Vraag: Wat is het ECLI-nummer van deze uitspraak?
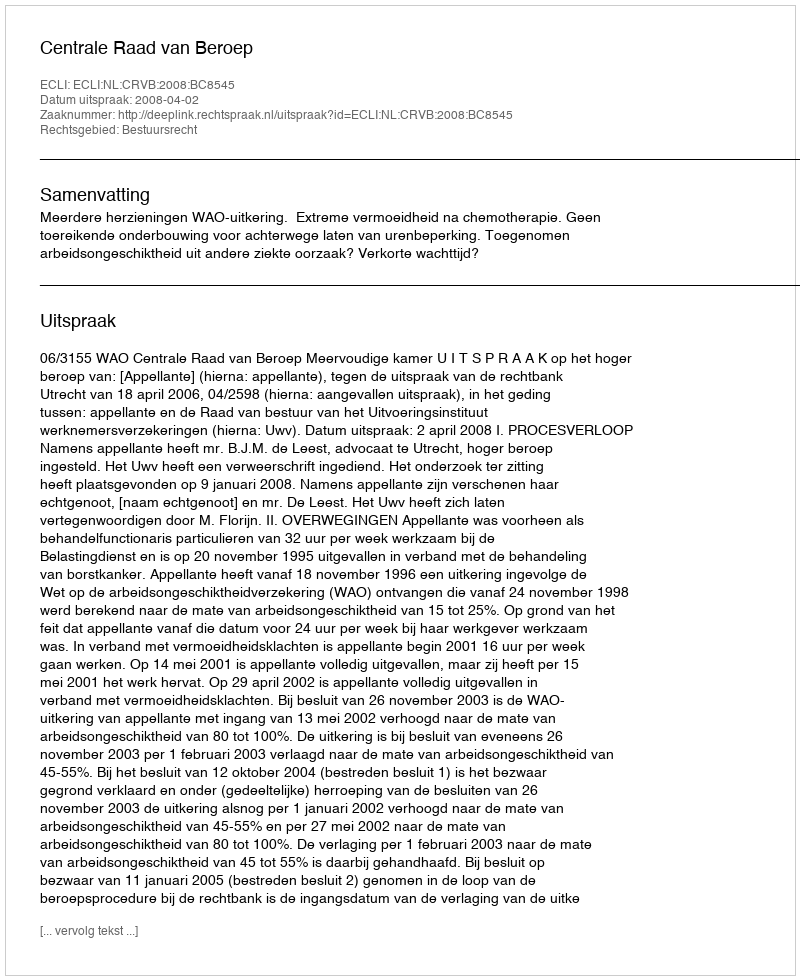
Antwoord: ECLI:NL:CRVB:2008:BC8545